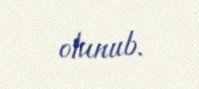
olunub.